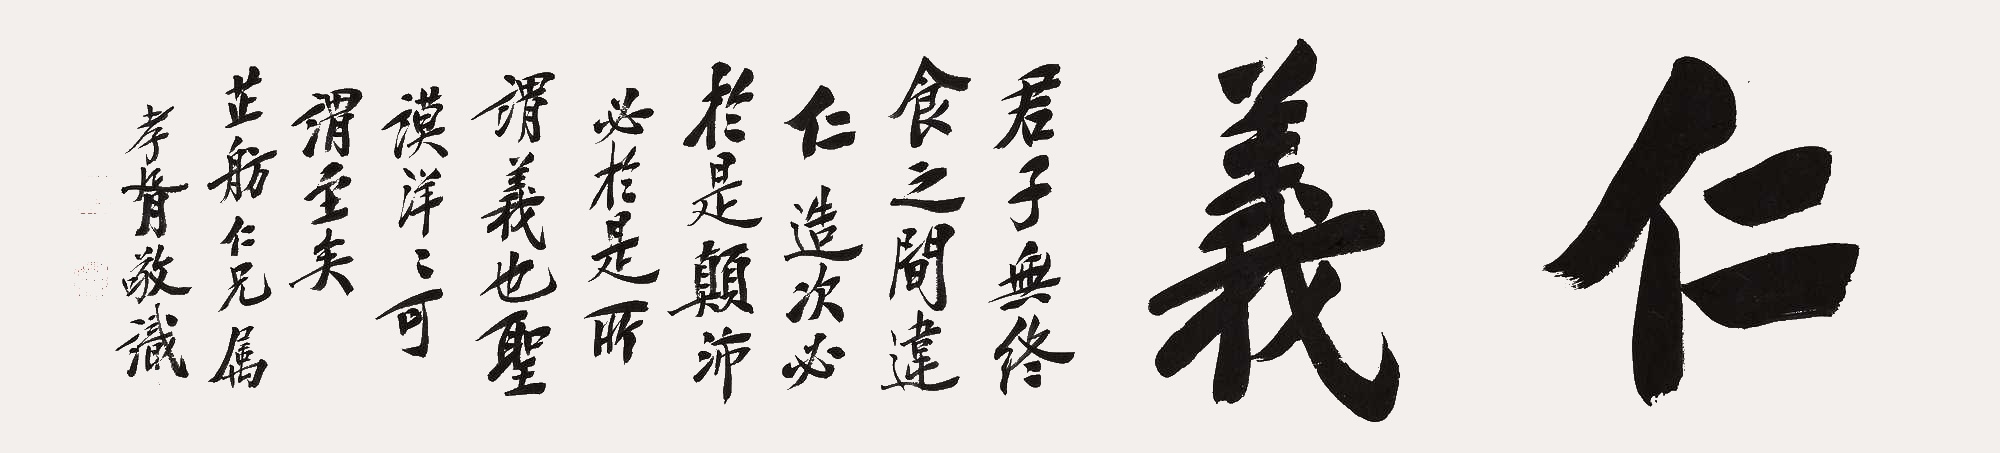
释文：仁义。君子无终食之间违仁，造次比于是，颠沛必于是。所谓义也，圣谟洋洋，可谓圣矣。芷舫仁兄属。孝胥敬识。